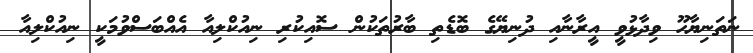
ނަތަނިޔާހޫ ވިދާޅުވީ އީރާނާއި ދުނިޔޭގެ ބޮޑެތި ބާރުތަކުން ސޮއިކުރި ނިއުކްލިއާ އެއްބަސްވުމަކީ ނިއުކްލިއާ